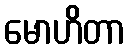
မောဟိတာ